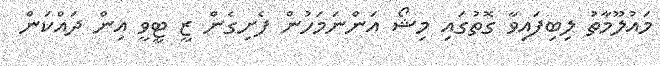
މައުލޫމާތު ލިބިފައިވާ ގޮތުގައި މިޝޯ އަންނަމަހުން ފެށިގެން ޒީ ޓީވީ އިން ދައްކަން